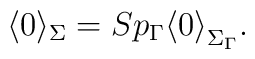
\langle 0 \rangle_{\Sigma} = Sp_{\Gamma}{\langle 0 \rangle}_{\Sigma_{\Gamma}} .